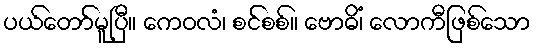
ပယ်တော်မူပြီ။ ကေဝလံ၊ စင်စစ်။ ဗောဓိံ၊ လောကီဖြစ်သော